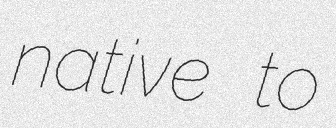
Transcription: native to